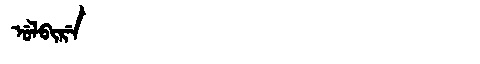
Manchu: ᡠᠯᠪᡳᡵᡝ
Romanization: ULBIRE